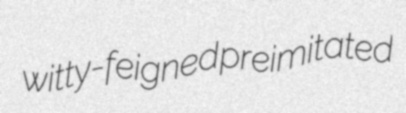
witty-feigned preimitated